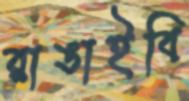
রাঙাইবি